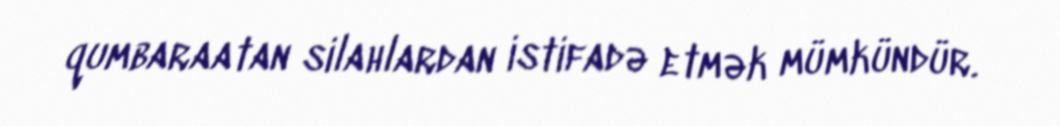
qumbaraatan silahlardan istifadə etmək mümkündür.